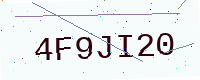
Text: 4F9JI20